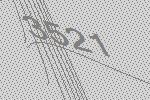
3521